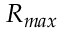
R _ { m a x }